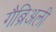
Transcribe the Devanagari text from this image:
गैब्रिअली